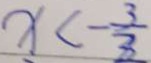
x < - \frac { 3 } { 3 }